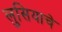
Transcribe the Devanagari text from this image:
लुसियाचे